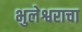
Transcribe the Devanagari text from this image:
भुलेश्वराचा